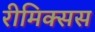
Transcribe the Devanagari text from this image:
रीमिक्सस